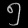
Digit: ၅